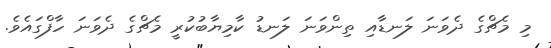
މި މެޗްގެ ދެވަނަ ލަނޑާއި ތިންވަނަ ލަނޑު ކާމިޔާބުކުރީ މެޗްގެ ދެވަނަ ހާފްގައެވެ.